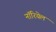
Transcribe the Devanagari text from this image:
नॉरियेल